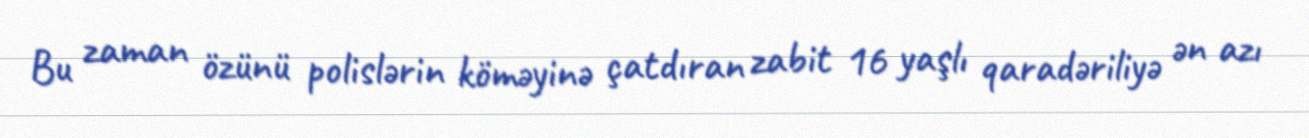
Bu zaman özünü polislərin köməyinə çatdıran zabit 16 yaşlı qaradəriliyə ən azı